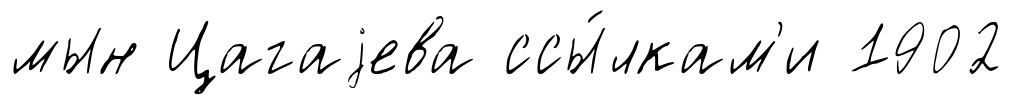
мын Цагаjева ссы́лкам'и 1902